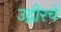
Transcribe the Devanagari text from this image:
उद्गीरचे